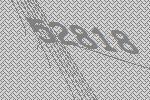
52818